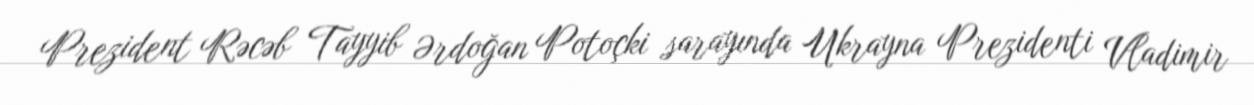
Prezident Rəcəb Tayyib Ərdoğan Potoçki sarayında Ukrayna Prezidenti Vladimir